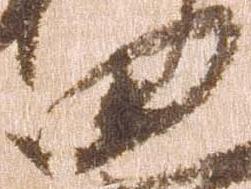
田